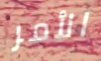
الأمر